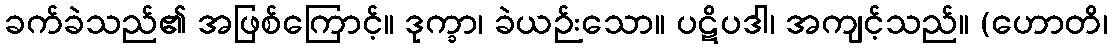
ခက်ခဲသည်၏ အဖြစ်ကြောင့်။ ဒုက္ခာ၊ ခဲယဉ်းသော။ ပဋိပဒါ၊ အကျင့်သည်။ (ဟောတိ၊